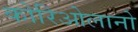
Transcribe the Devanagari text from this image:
कोरिओलानो